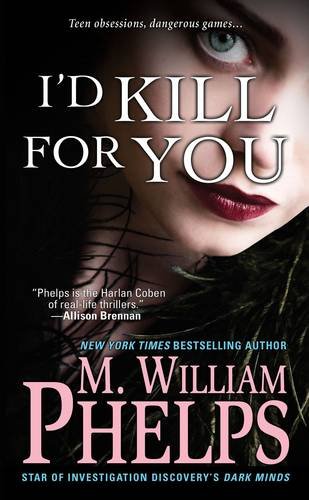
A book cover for I'd Kill For You; M. William Phelps; Biographies & Memoirs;